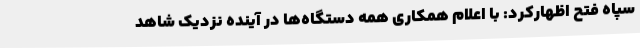
سپاه فتح اظهارکرد: با اعلام همکاری همه دستگاه‌ها در آینده نزدیک شاهد